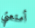
أمتعتي